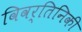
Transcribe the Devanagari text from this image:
विवर्तिनिकी